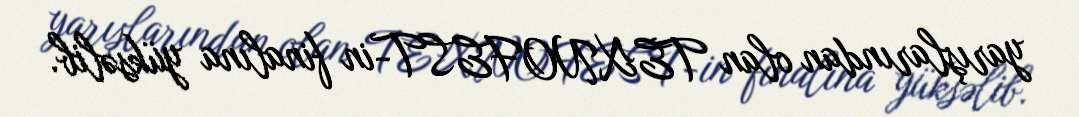
yarışlarından olan TEXNOFEST-in finalına yüksəlib.